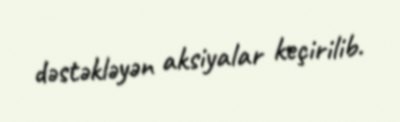
dəstəkləyən aksiyalar keçirilib.